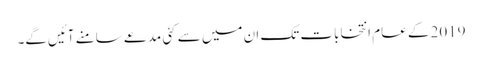
2019 کے عام انتخابات تک ان میں سے کئی مدعے سامنے آئیں‌گے۔